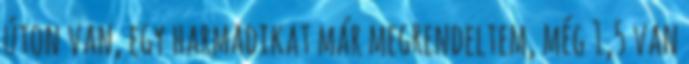
úton van, egy harmadikat már megrendeltem, még 1,5 van